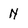
Character: N